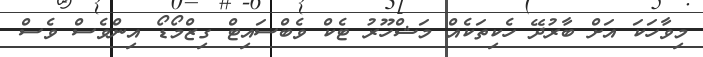
މިވާހަކަ އަށް ބާރުދޭ ހެކިތަކެއް މަޝްހޫރު ޓެކް ވެބްސައިޓް ގިޒްމޯޑޯ އިންވެސް ވެސް